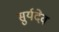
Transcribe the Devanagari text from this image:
सुर्यदेव